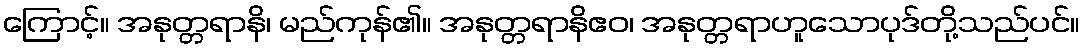
ကြောင့်။ အနုတ္တရာနိ၊ မည်ကုန်၏။ အနုတ္တရာနိဧဝ၊ အနုတ္တရာဟူသောပုဒ်တို့သည်ပင်။